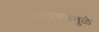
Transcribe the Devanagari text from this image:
स्‍मरणामुळे